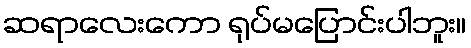
ဆရာလေးကော ရုပ်မပြောင်းပါဘူး။